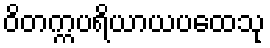
ဝိတက္ကပရိယာယပထေသု